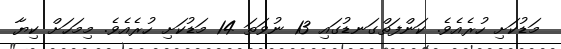
މަޑުކަށި ހުރެއެވެ. ކަންފަތްގަނޑުގައި 13 ނުވަތަ 14 މަޑުކަށި ހުރެއެވެ. މިމަހަށް ކިޔާ